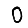
Digit: 0